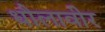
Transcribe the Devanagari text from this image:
धौलावीर